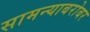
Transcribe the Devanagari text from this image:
सामन्याबरोबर